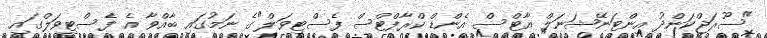
"ސޫރަޖްކަންދު އިންޓަނޭޝަނަލް އާޓްސް އެންޑް ކްރާފްޓްސް ފެސްޓިވަލް"ގެ ނަމުގައި ބާއްވާ އެ ފެސްޓިވަލްގައި